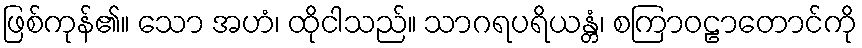
ဖြစ်ကုန်၏။ သော အဟံ၊ ထိုငါသည်။ သာဂရပရိယန္တံ၊ စကြာဝဠာတောင်ကို